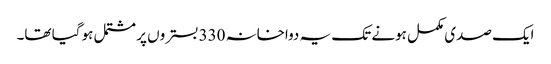
ایک صدی مکمل ہونے تک یہ دواخانہ 330 بستروں پر مشتمل ہو گیا تھا۔